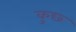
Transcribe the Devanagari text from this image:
कुछ्‍